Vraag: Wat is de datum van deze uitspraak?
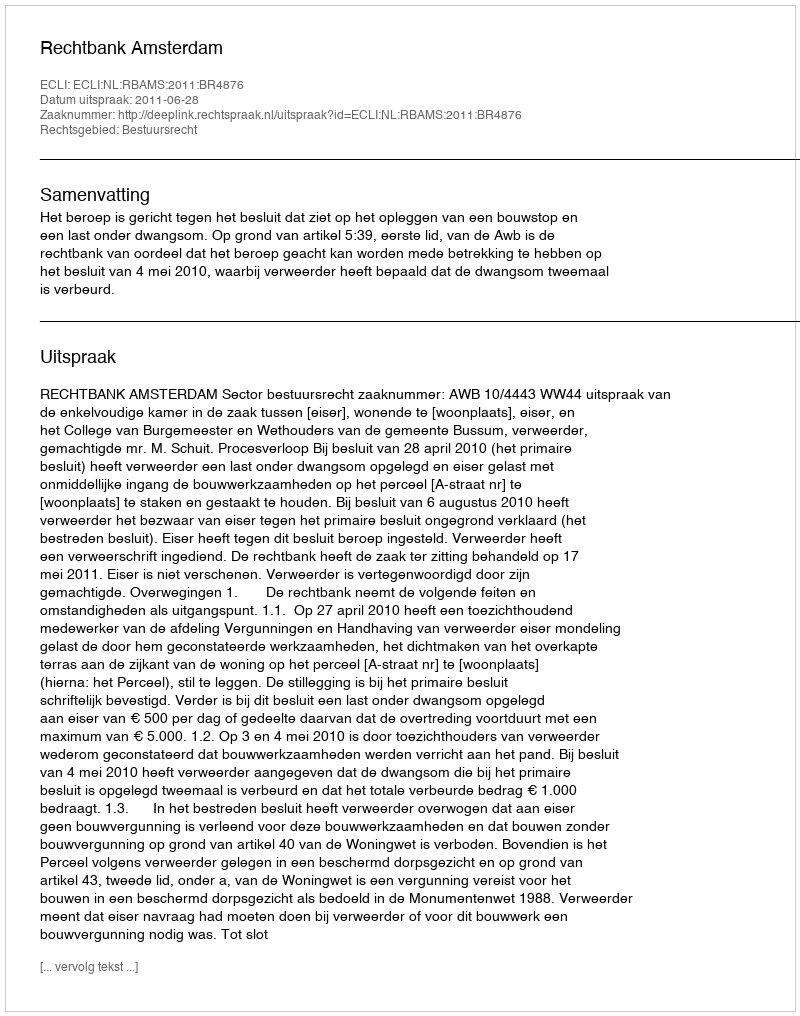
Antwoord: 2011-06-28